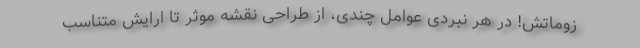
زوماتش! در هر نبردی عوامل چندی، از طراحی نقشه مؤثر تا ارایش متناسب